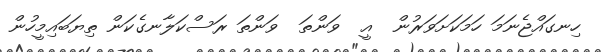
ހިނގައްޖެނަމަ ހަމަކަށަވަރުން  އީ  ވަންތަ  ވަންތަ ރަސްކަލާނގެކަން ތިޔަބައިމީހުން